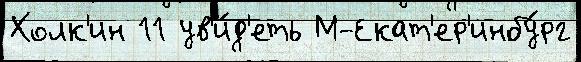
Холк'ин 11 ув'и́д'еть М-Екат'ер'инбу́рг